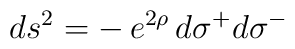
\:ds^{2} = -\,e^{2\rho }\,d\sigma^{+}d\sigma^{-}\: